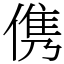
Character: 㑺